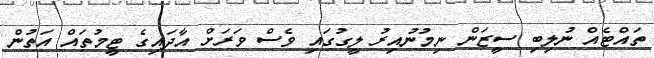
ތައްޓެއް ނުލިބި ސީޒަން ނިމުނުއިރު ލީގުގައި ވެސް ވަރަށް އާދައިގެ ޓީމުތައް އަތުން